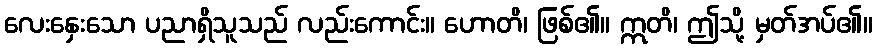
လေးနှေးသော ပညာရှိသူသည် လည်းကောင်း။ ဟောတိ၊ ဖြစ်၏။ ဣတိ၊ ဤသို့ မှတ်အပ်၏။